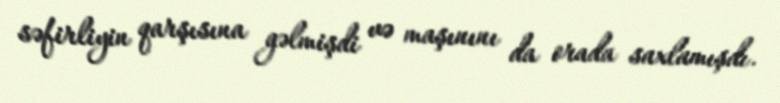
səfirliyin qarşısına gəlmişdi və maşınını da orada saxlamışdı.